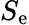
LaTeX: S_{\mathrm{e}}